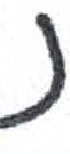
אות: נ